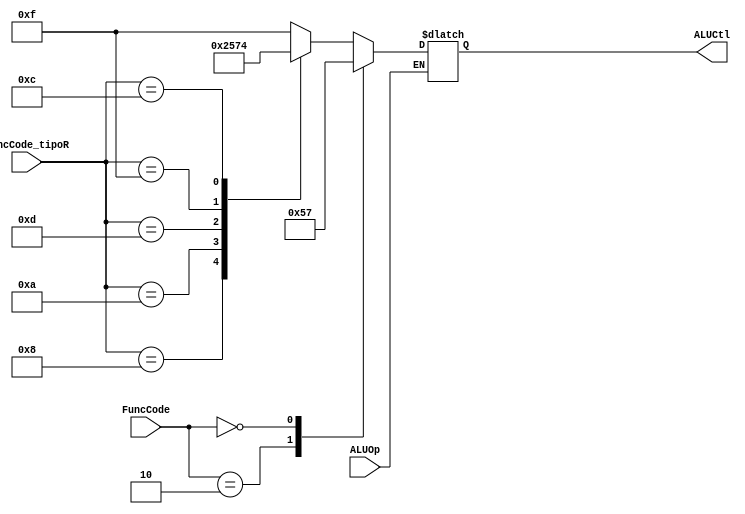
module ulaControl (ALUOp, FuncCode_tipoR,FuncCode, ALUCtl);
	input ALUOp;
	input [1:0] FuncCode;
	input [3:0] FuncCode_tipoR;		// CODIGO DA FUNO
	output reg[3:0]  ALUCtl;
	
	initial begin
		
		$display("Testando CONTROLE ULA...");
		$monitor(" ALUOp = %b 	FuncCodeR = %b  FuncCode = %b ALUCtl = %b", ALUOp, FuncCode_tipoR,FuncCode, ALUCtl);	
		

		end
	
		always@(*)
			begin
				if(ALUOp)
					case(FuncCode)
						2'b10: ALUCtl<=5;			//branch (10)
						2'b00: ALUCtl<=7;			// transferencia de dados (1)
					default: case (FuncCode_tipoR)	// tipo-R (0)
						4'b1000: ALUCtl<=0; // cmpShort
						4'b1010: ALUCtl<=2; // mov
						4'b1101: ALUCtl<=5; //subtract	
						4'b1111: ALUCtl<=7; // add
						4'b1100:ALUCtl<=4; // inc
						default: ALUCtl<=15; // should not happen
					endcase
			endcase
	end
endmodule